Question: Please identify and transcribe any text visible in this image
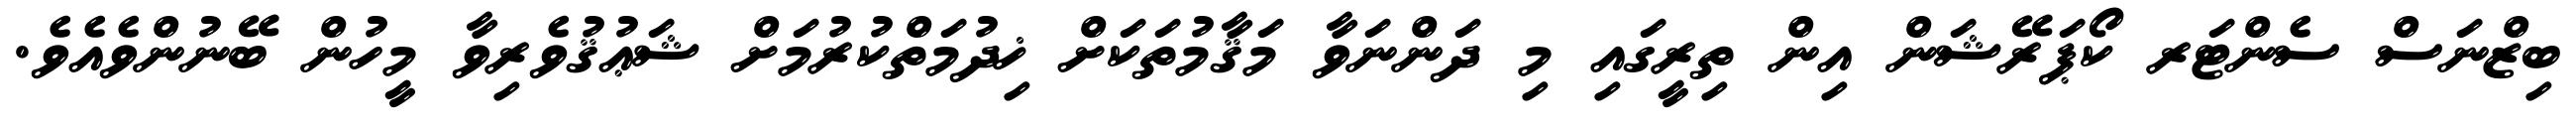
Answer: ބިޒްނަސް ސެންޓަރ ކޯޕަރޭޝަން އިން ތިރީގައި މި ދަންނަވާ މަޤާމުތަކަށް ޚިދުމަތްކުރުމަށް ޝަޢުޤުވެރިވާ މީހުން ބޭނުންވެއެވެ.